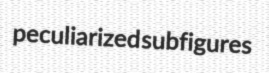
peculiarized subfigures